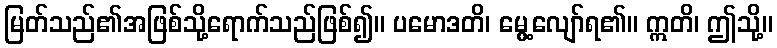
မြတ်သည်၏အဖြစ်သို့ရောက်သည်ဖြစ်၍။ ပမောဒတိ၊ မွေ့လျော်ရ၏။ ဣတိ၊ ဤသို့။